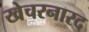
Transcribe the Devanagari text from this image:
खेचरनारद